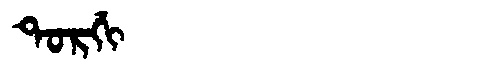
Manchu: ᡨᠣᡵᡤᡳ
Romanization: TORGI